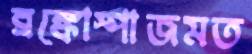
ব্রঙ্কোস্পাজমত